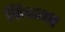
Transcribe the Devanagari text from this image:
सिस्टमा